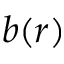
b ( r )